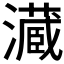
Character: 𤂘